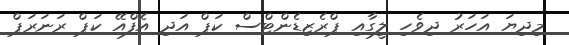
މިދިޔަ އަހަރު ދިވެހި ލީގާއި ޕްރެޒިޑެންޓްސް ކަޕް އަދި އެފްއޭ ކަޕް ރަނަރަޕް